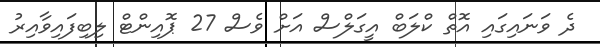
ދެ ވަނައިގައި އޮތް ކްލަބް އީގަލްސް އަށް ވެސް 27 ޕޮއިންޓް ލިބިފައިވާއިރު